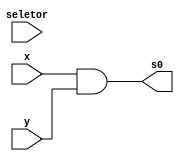
// ------------------------- 
// Exemplo_0701  
// Nome: Larissa Domingues Gomes 
// ------------------------- 

module A (output s0, input x,y, seletor);

	and AND1 (s0, x, y);
	or  OR1 (s1, x, y);

endmodule


module ValoresIniciais;

reg a, b;
wire s0, s1;

A letraA   (s0, s1, a, b);
initial
begin : start

	a = 1'bx;
	b = 1'bx;

end

initial
begin : main

	$display("Exemplo_0701 - Larissa Gomes - 650525");
	$display("Expressoes booleanas");
	
	#1 a = 0; b = 0; 
	$display(" a  b  =  s0   s1");
   $monitor("%2b %2b  = %2b   %2b", a, b, s0, s1);
		
	#1 a = 0; b = 0; 
	#1 a = 0; b = 1;
	#1 a = 1; b = 0; 
	#1 a = 1; b = 1; 

end
endmodule